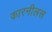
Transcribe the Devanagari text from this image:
कारनीलस